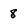
Character: 8